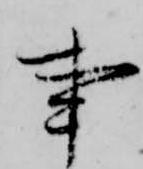
事